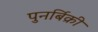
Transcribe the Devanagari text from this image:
पुनर्बिक्री